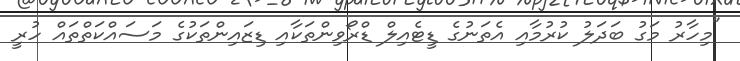
"މިހާރު މަގު ބަދަލު ކުރުމާއި އެތަނުގެ ޑީޓެއިލް ޑްރޯވިންތަކާއި ޑިޒައިންތަކުގެ މަސައްކަތްތައް ހުރީ